画像に写った文字を読んでください
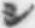
「シ」と書いてあります